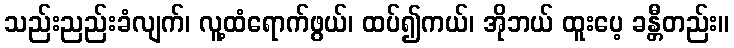
သည်းညည်းခံလျက်၊ လူ့ထံရောက်ဖွယ်၊ ထပ်၍ကယ်၊ အိုဘယ် ထူးပေ့ ခန္တီတည်း။